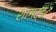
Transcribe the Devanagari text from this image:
शागर्ङ